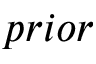
p r i o r